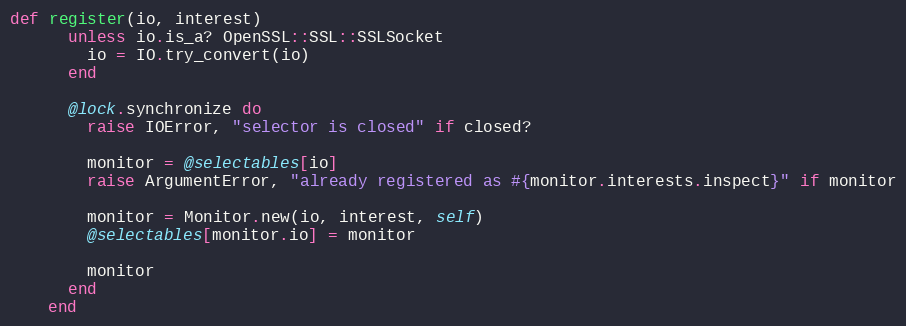
Language: Ruby
def register(io, interest)
      unless io.is_a? OpenSSL::SSL::SSLSocket
        io = IO.try_convert(io)
      end

      @lock.synchronize do
        raise IOError, "selector is closed" if closed?

        monitor = @selectables[io]
        raise ArgumentError, "already registered as #{monitor.interests.inspect}" if monitor

        monitor = Monitor.new(io, interest, self)
        @selectables[monitor.io] = monitor

        monitor
      end
    end